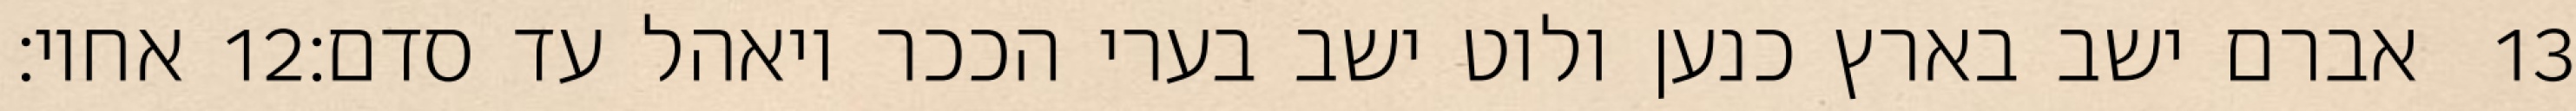
אחיו׃ ‎12‏ אברם ישב בארץ כנען ולוט ישב בערי הככר ויאהל עד סדם׃ ‎13‏